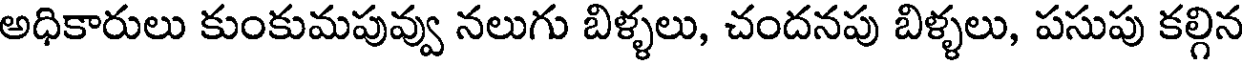
అధికారులు కుంకుమపువ్వు నలుగు బిళ్ళలు, చందనపు బిళ్ళలు, పసుపు కల్గిన